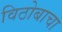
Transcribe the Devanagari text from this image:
विठोबाचा